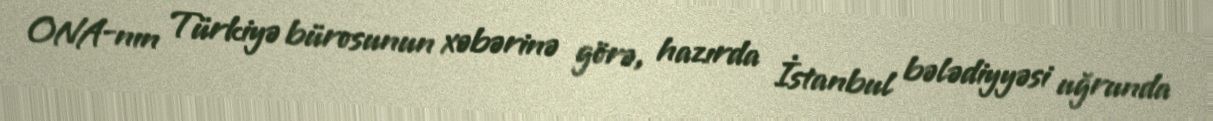
ONA-nın Türkiyə bürosunun xəbərinə görə, hazırda İstanbul bələdiyyəsi uğrunda